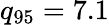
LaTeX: {q_{95}=7.1}